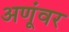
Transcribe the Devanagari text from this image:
अणूंवर